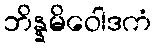
ဘိန္နမိဝေါဒကံ